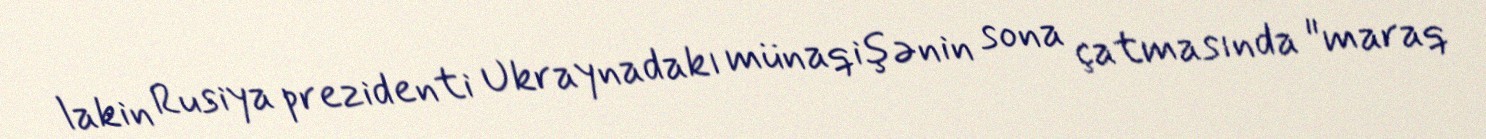
lakin Rusiya prezidenti Ukraynadakı münaqişənin sona çatmasında "maraq